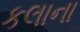
કલાના